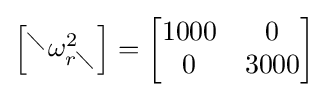
{\begin{bmatrix}^{\diagdown }\omega _{r\diagdown }^{2}\end{bmatrix}}={\begin{bmatrix}1000&0\\0&3000\end{bmatrix}}